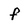
Character: f